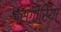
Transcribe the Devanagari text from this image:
असगीरिया